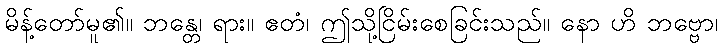
မိန့်တော်မူ၏။ ဘန္တေ၊ ရား။ ဧတံ၊ ဤသို့ငြိမ်းစေခြင်းသည်။ နော ဟိ ဘဗ္ဗော၊